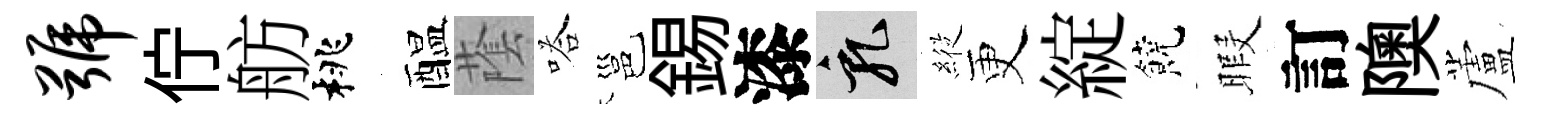
号佇舫桃醖䕃嗒邕錫漆乳𦂵更綻饒暇訂隩蘆